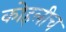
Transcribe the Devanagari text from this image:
कोहलीच